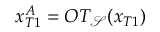
x _ { T 1 } ^ { A } = O T _ { \mathcal { S } } ( x _ { T 1 } )